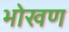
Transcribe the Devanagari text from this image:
भोखण